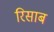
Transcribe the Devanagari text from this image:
रिसाब